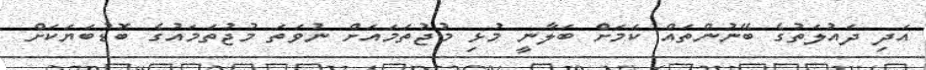
އަދި ދައުލަތުގެ ބޭނުންތައް ކަމަށް ބަލާނީ މުޅި މުޖުތަމައަށް ނުވަތަ މުޖުތަމައުގެ ބޮޑުބަޔަކަށް